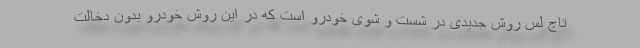
تاچ لس روش جدیدی در شست و شوی خودرو است که در این روش خودرو بدون دخالت